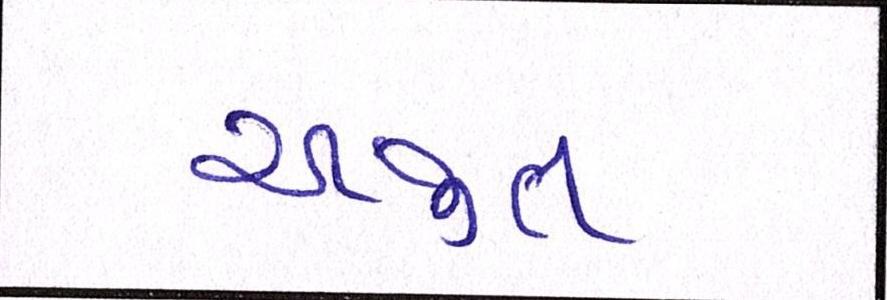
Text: અજીત